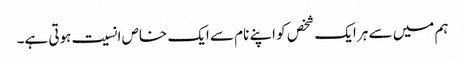
ہم میں سے ہر ایک شخص کو اپنے نام سے ایک خاص انسیت ہوتی ہے۔